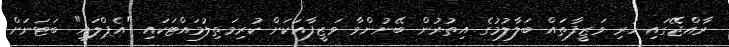
ރާއްޖޭގައި ހުރި ވަޒީފާތައް ބަލާލުމުގެ އިތުރުން ބޭނުންވާ ވަޒީފާއަކަށް ކުރިމަތިލުމައްޓަކައި "އެޕްލައި" ބަޓަނަށް